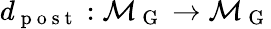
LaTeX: d_{\mathrm{~p~o~s~t~}}:\mathcal{M}_{\mathrm{~G~}}\to\mathcal{M}_{\mathrm{~G~}}